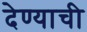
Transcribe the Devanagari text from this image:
देण्‍याची